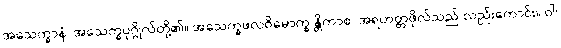
အသေက္ခာနံ၊ အသေက္ခပုဂ္ဂိုလ်တို့၏။ အသေက္ခဖလဝိမောက္ခ န္တိကာစ၊ အရဟတ္တဖိုလ်သည် လည်းကောင်း။ ဝါ၊